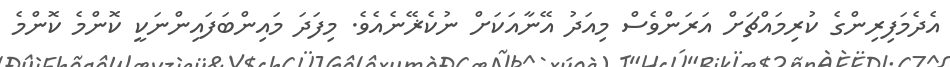
އެދެމަފިރިންގެ ކުރިމައްޗަށް އަރަންވެސް މިއަދު އޭނާއަކަށް ނުކެޜޭނެއެވެ. މިފަދަ މައިންބަފައިންނަކީ ކޮންމެ ކޮންމެ